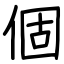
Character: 個